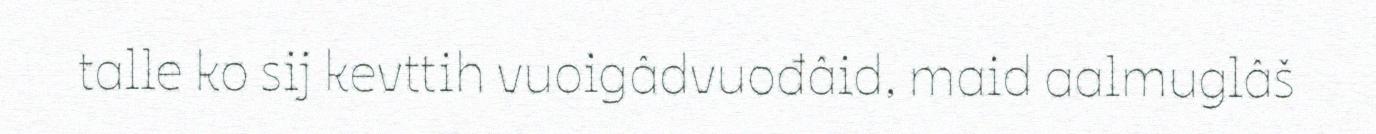
talle ko sij kevttih vuoigâdvuođâid, maid aalmuglâš